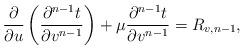
LaTeX: \begin{align*} \frac{\partial}{\partial u}\left(\frac{\partial^{n-1}t}{\partial v^{n-1}}\right)+\mu \frac{\partial^{n-1}t}{\partial v^{n-1}}=R_{v,n-1},\end{align*}